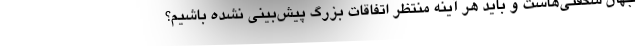
جهان شگفتی‌هاست و باید هر آینه منتظر اتفاقات بزرگ پیش‌بینی نشده باشیم؟